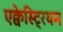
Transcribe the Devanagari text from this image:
एक्वेस्ट्रियन